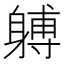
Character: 𲄩